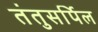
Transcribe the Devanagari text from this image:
तंतुसर्पिल